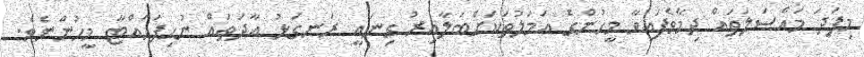
މިފަދަ މައްސަލަތައް ދިމާވެފައިވާ މީހުންގެ އަމަލުތަކަށްބަލާއިރު ގިނައީ ރަނގަޅު އާދަތައް ނުހިފަހައްޓާ މީހުންނެވެ.